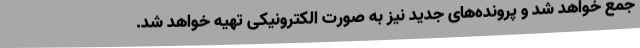
جمع خواهد شد و پرونده‌های جدید نیز به صورت الکترونیکی تهیه خواهد شد.